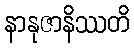
နာနုဇာနိဿတိ